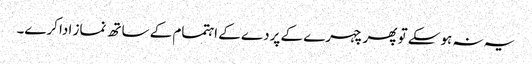
یہ نہ ہوسکے تو پھر چہرے کے پردے کے اہتمام کے ساتھ نماز ادا کرے۔